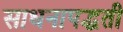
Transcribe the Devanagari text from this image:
साधनापद्धती